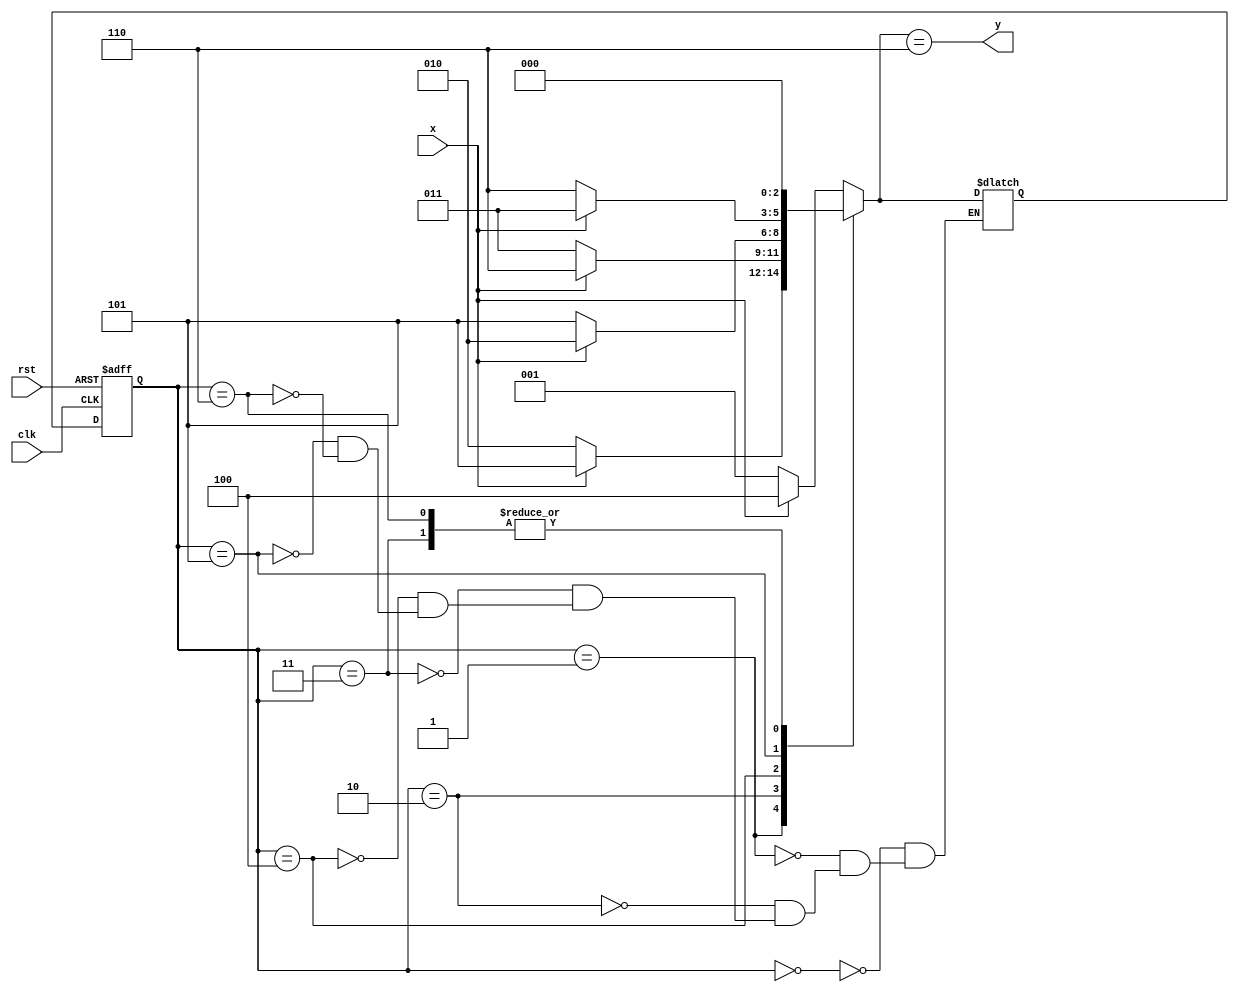
module paritygen(clk,x,rst,y);
input clk,rst;
input x;
output reg y;
localparam s0=3'b000,s1=3'b001,s2=3'b010,s3=3'b011,s4=3'b100,s5=3'b101,s6=3'b110;
reg [2:0]state,nxt_state;
always @(posedge clk , posedge rst)
begin
	if (rst)
	begin
		state<= s0;
                
	end
	else 
		state<= nxt_state;
end

always@ (*)
begin
	case(state)
		s0: nxt_state=x?s4:s1;
		s1: nxt_state=x?s5:s2;
		s2: nxt_state=x?s6:s3;
		s3: nxt_state=x?s0:s0;
		s4: nxt_state=x?s2:s5;
		s5: nxt_state=x?s3:s6;
		s6: nxt_state=x?s0:s0;
		endcase
	y <= (nxt_state==s6);
end

/*always@(state)
begin
	case(state)
		s0: y=0;
		s1: y=1;
		s2: y=1;
		s3: y=0;
		s4: y=1;
		s5: y=0;
		s6: y=0;
		s7: y=1;
	endcase
end*/
endmodule